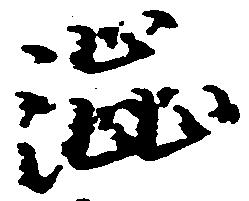
渋